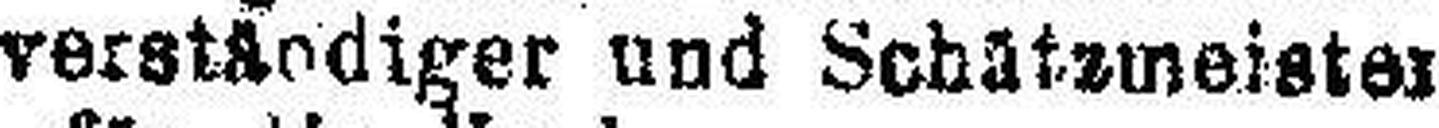
verständiger und Schatzmeister